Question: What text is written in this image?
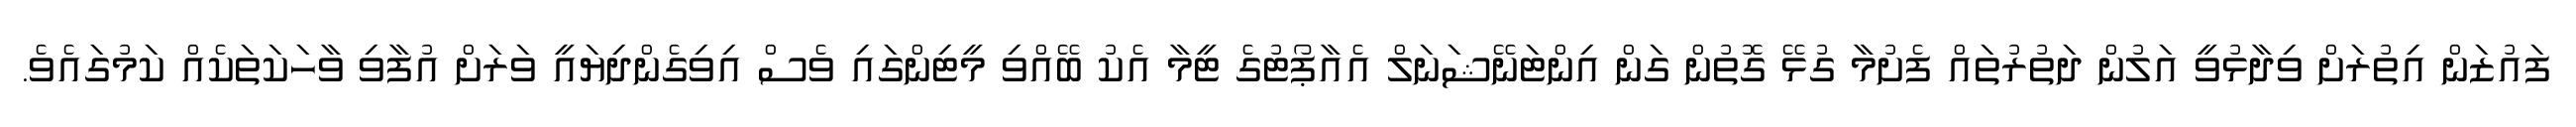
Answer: ފައުޒަން އިތުރަށް ވިދާޅުވީ އަލުން ދަތުރުތައް ފެށުމާ ގުޅޭ ގޮތުން ގަން އިންޓަނޭޝަނަލް އެއާޕޯޓުގެ ޓީމާ އެކު ބޭއްވި މީޓިންގައި ވެސް އިވިގެންދިޔައީ ވަރަށް އުފާވި ވާހަކަތަކެއް ކަމުގައެވެ.